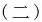
(二)